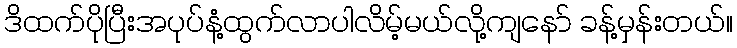
ဒိထက်ပိုပြီးအပုပ်နံ့ထွက်လာပါလိမ့်မယ်လို့ကျနော် ခန့်မှန်းတယ်။